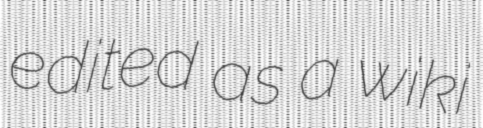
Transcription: edited as a wiki